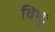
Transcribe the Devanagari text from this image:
विभुः